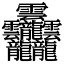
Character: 𱁬